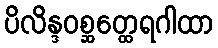
ပိလိန္ဒဝစ္ဆတ္ထေရဂါထာ